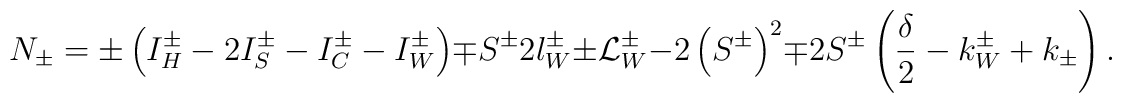
N_{\pm }=\pm \left( I_{H}^{\pm }-2I^{\pm }_{S}-I^{\pm }_{C}-I^{\pm }_{W}\right) \mp S^{\pm }2l_{W}^{\pm }\pm {\cal L}^{\pm }_{W}-2\left( S^{\pm }\right) ^{2}\mp 2S^{\pm }\left( \displaystyle\frac{\delta }{2}-k_{W}^{\pm }+k_{\pm }\right) .